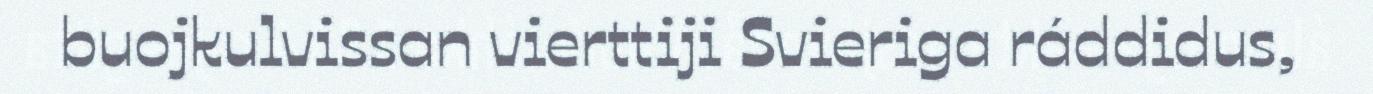
buojkulvissan vierttiji Svieriga ráddidus,